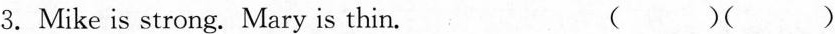
3. Mike is strong. Mary is thin. （）（）